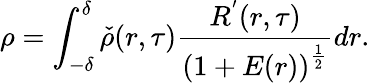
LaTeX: \rho=\int_{-\delta}^{\delta}\check{\rho}(r,\tau)\frac{R^{'}(r,\tau)}{\left(1+E(r)\right)^{\frac{1}{2}}}dr.